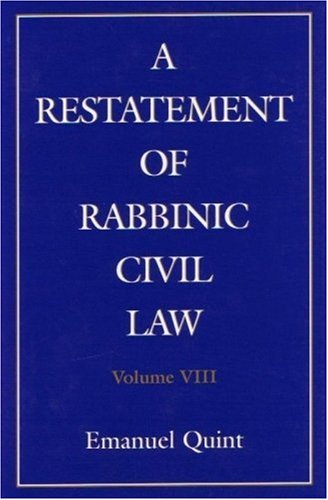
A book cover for A Restatement of Rabbinic Civil Law: Laws of Lost and Found Objects, Laws of Inheritance, and Laws of the Unpaid Bailee; Emanuel B. Quint; Law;